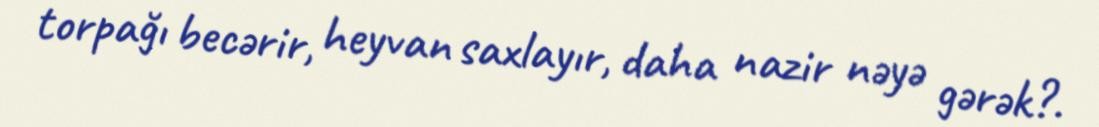
torpağı becərir, heyvan saxlayır, daha nazir nəyə gərək?.